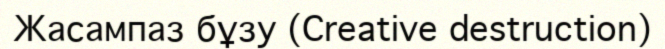
Жасампаз бұзу (Creative destruction)